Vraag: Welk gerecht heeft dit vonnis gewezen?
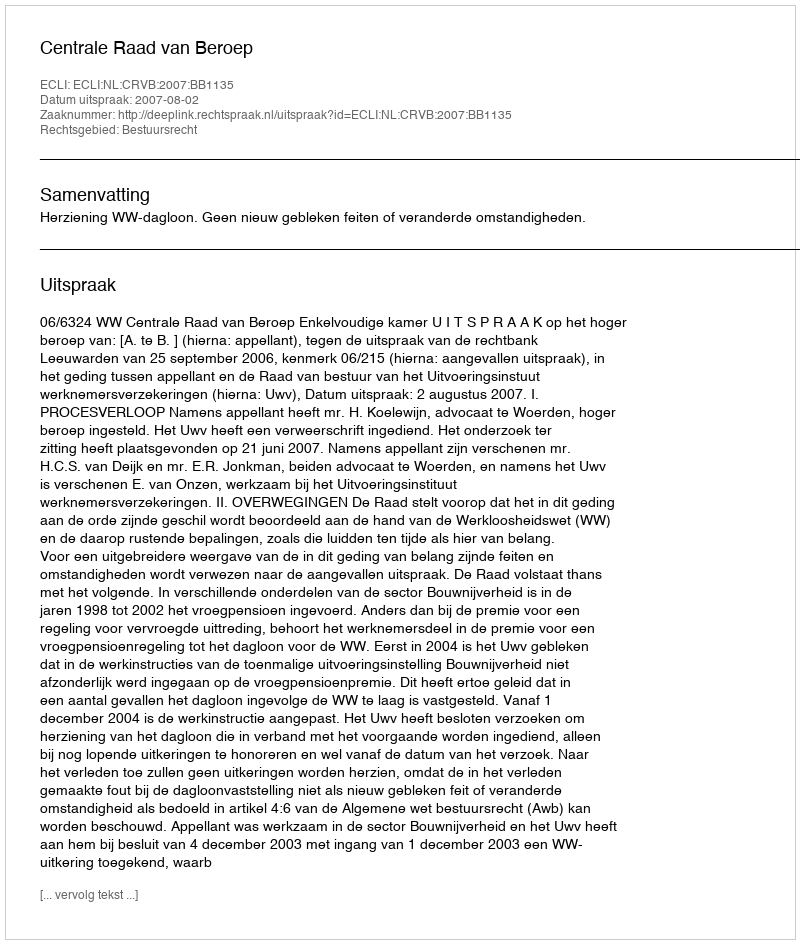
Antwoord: Centrale Raad van Beroep